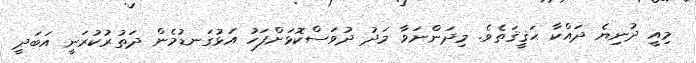
މިއީ ދުނިޔެ ދައްކާ ޙަޤީޤަތެވެ. މިދަންނަވާ މަދު ދުވަސްކޮޅަށްފަހު އަޅުގަނޑުމެން ދަތުރުކުރަނީ އަބަދީ